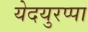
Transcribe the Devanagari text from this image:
येदयुरप्पा